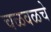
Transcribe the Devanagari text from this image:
चळवळचे